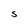
Character: S